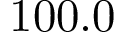
1 0 0 . 0